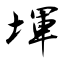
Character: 堚